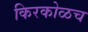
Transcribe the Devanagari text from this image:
किरकोळच